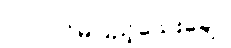
၂၀၀ပင်မပြည့်သေးချေ။